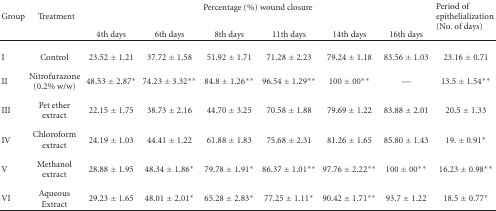
<table><thead><tr><td rowspan="2"><b>Group</b></td><td rowspan="2"><b>Treatment</b></td><td colspan="6"><b>Percentage (%) wound closure</b></td><td rowspan="2"><b>Period of epithelialization (No. of days)</b></td></tr><tr><td><b>4th days</b></td><td><b>6th days</b></td><td><b>8th days</b></td><td><b>11th days</b></td><td><b>14th days</b></td><td><b>16th days</b></td></tr></thead><tbody><tr><td>I</td><td>Control</td><td>23.52 ± 1.21</td><td>37.72 ± 1.58</td><td>51.92 ± 1.71</td><td>71.28 ± 2.23</td><td>79.24 ± 1.18</td><td>83.56 ± 1.03</td><td>23.16 ± 0.71</td></tr><tr><td>II</td><td>Nitrofurazone (0.2% w/w)</td><td>48.53 ± 2.87*</td><td>74.23 ± 3.32**</td><td>84.8 ± 1.26**</td><td>96.54 ± 1.29**</td><td>100 ± 00**</td><td>—</td><td>13.5 ± 1.54**</td></tr><tr><td>III</td><td>Pet ether extract</td><td>22.15 ± 1.75</td><td>38.73 ± 2.16</td><td>44.70 ± 3.25</td><td>70.58 ± 1.88</td><td>79.69 ± 1.22</td><td>83.88 ± 2.01</td><td>20.5 ± 1.33</td></tr><tr><td>IV</td><td>Chloroform extract</td><td>24.19 ± 1.03</td><td>44.41 ± 1.22</td><td>61.88 ± 1.83</td><td>75.68 ± 2.31</td><td>81.26 ± 1.65</td><td>85.80 ± 1.43</td><td>19. ± 0.91*</td></tr><tr><td>V</td><td>Methanol extract</td><td>28.88 ± 1.95</td><td>48.34 ± 1.86*</td><td>79.78 ± 1.91*</td><td>86.37 ± 1.01**</td><td>97.76 ± 2.22**</td><td>100 ± 00**</td><td>16.23 ± 0.98**</td></tr><tr><td>VI</td><td>Aqueous Extract</td><td>29.23 ± 1.65</td><td>48.01 ± 2.01*</td><td>65.28 ± 2.83*</td><td>77.25 ± 1.11*</td><td>90.42 ± 1.71**</td><td>93.7 ± 1.22</td><td>18.5 ± 0.77*</td></tr></tbody></table>